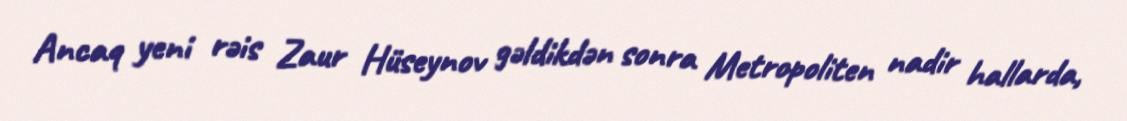
Ancaq yeni rəis Zaur Hüseynov gəldikdən sonra Metropoliten nadir hallarda,